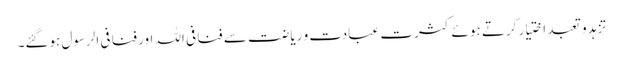
تزہد و تعبد اختیار کرتے ہوئے کثرت عبادت و ریاضت سے فنا فی اللہ اور فنا فی الرسول ہوگئے۔